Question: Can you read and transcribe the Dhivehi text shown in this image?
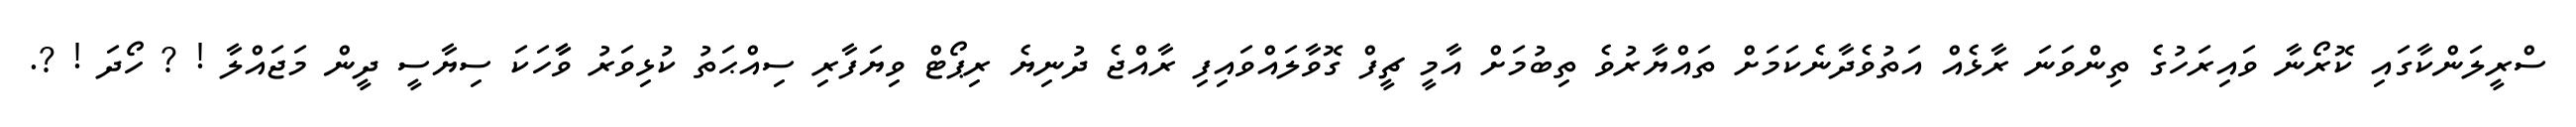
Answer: ސްރީލަންކާގައި ކޮރޯނާ ވައިރަހުގެ ތިންވަނަ ރާޅެއް އަތުވެދާނެކަމަށް ތައްޔާރުވެ ތިބުމަށް އާމީ ޗީފް ގޮވާލައްވައިފި ރާއްޖެ ދުނިޔެ ރިޕޯޓް ވިޔަފާރި ސިއްޙަތު ކުޅިވަރު ވާާހަކަ ސިޔާސީ ދީން މަޖައްލާ ! ? ހޯދަ ! ?.